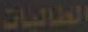
الطالبات